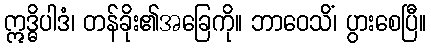
ဣဒ္ဓိပါဒံ၊ တန်ခိုး၏အခြေကို။ ဘာဝေသိံ၊ ပွားစေပြီ။